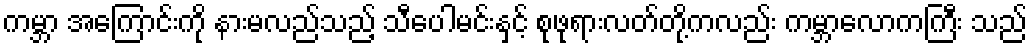
ကမ္ဘာ အကြောင်းကို နားမလည်သည့် သီပေါမင်းနှင့် စုဖုရားလတ်တို့ကလည်း ကမ္ဘာလောကကြီး သည်